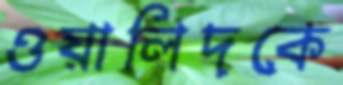
ওয়ালিদকে